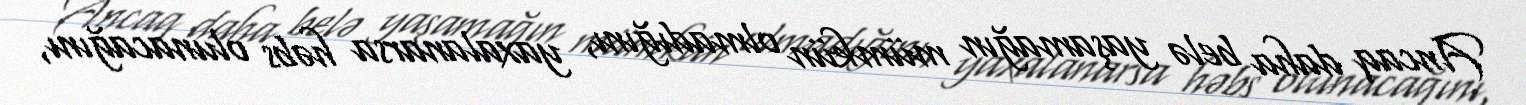
Ancaq daha belə yaşamağın mümkün olmadığını, yaxalanarsa həbs olunacağını,